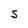
Character: S